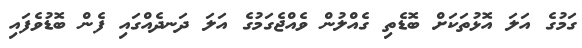
ގަމުގެ އަލަ އޮޅުތަކަށް ބޮޑެތި ގެއްލުން ވެއްޖެގަމުގެ އަލަ ދަނދެއްގައި ފެން ބޮޑުވެފައި